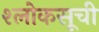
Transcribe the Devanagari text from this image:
श्लोकसूची